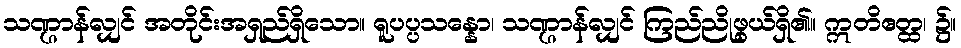
သဏ္ဌာန်လျှင် အတိုင်းအရှည်ရှိသော။ ရူပပ္ပသန္နော၊ သဏ္ဌာန်လျှင် ကြည်ညိုဖွယ်ရှိ၏။ ဣတိဧတ္ထ၊ ၌။